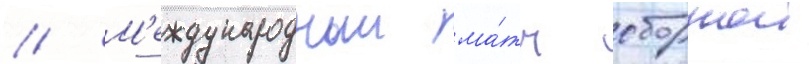
// М'еждународныи ма́тч сборнои